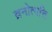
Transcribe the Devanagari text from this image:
व्रनोत्पत्ति